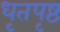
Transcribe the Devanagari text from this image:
धृतपृष्ठ